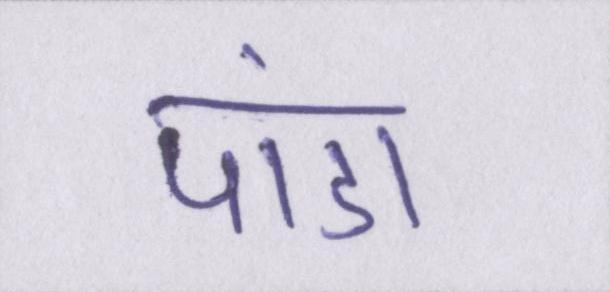
पांडा